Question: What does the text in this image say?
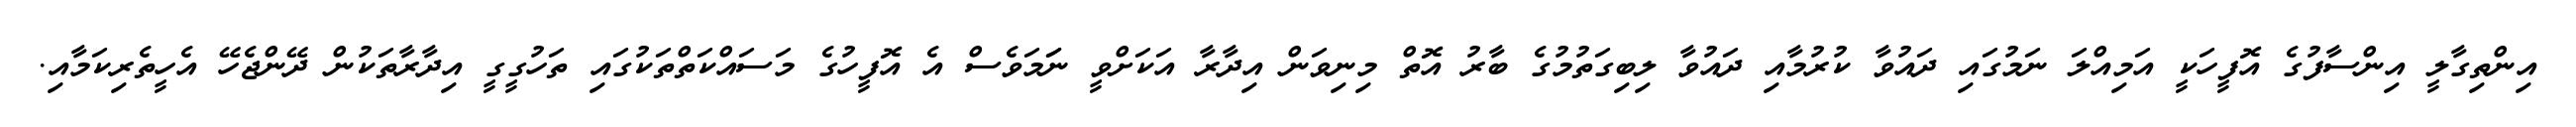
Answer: އިންތިގާލީ އިންސާފުގެ އޮފީހަކީ އަމިއްލަ ނަމުގައި ދައުވާ ކުރުމާއި ދައުވާ ލިބިގަތުމުގެ ބާރު އޮތް މިނިވަން އިދާރާ އަކަށްވީ ނަަމަވެސް އެ އޮފީހުގެ މަސައްކަތްތަކުގައި ތަހުގީގީ އިދާރާތަކުން ދޭންޖެހޭ އެހީތެރިކަމާއި.